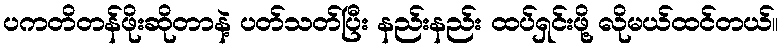
ပကတိတန်ဖိုးဆိုတာနဲ့ ပတ်သတ်ပြီး နည်းနည်း ထပ်ရှင်းဖို့ လိုမယ်ထင်တယ်။